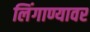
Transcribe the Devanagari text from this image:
लिंगाण्यावर